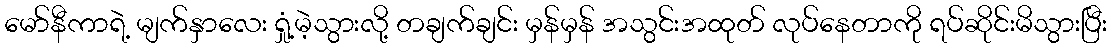
မော်နီကာရဲ့ မျက်နှာလေး ရှုံ့မဲ့သွားလို့ တချက်ချင်း မှန်မှန် အသွင်းအထုတ် လုပ်နေတာကို ရပ်ဆိုင်းမိသွားပြီး